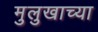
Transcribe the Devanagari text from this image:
मुलुखाच्या